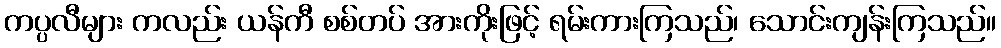
ကပ္ပလီများ ကလည်း ယန်ကီ စစ်တပ် အားကိုးဖြင့် ရမ်းကားကြသည်၊ သောင်းကျန်းကြသည်။